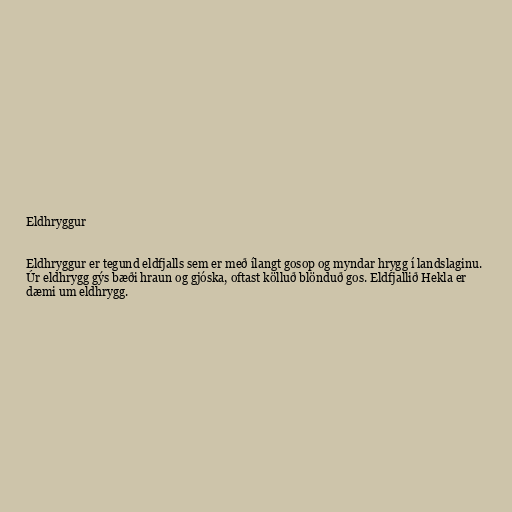
Eldhryggur

Eldhryggur er tegund eldfjalls sem er með ílangt gosop og myndar hrygg í landslaginu.
Úr eldhrygg gýs bæði hraun og gjóska, oftast kölluð blönduð gos. Eldfjallið Hekla er
dæmi um eldhrygg.